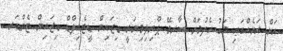
އަށް ރަށެއްގައި މަގު ހެދުމަށް ސާރވޭ ޕްރިލިމިނަރީ ޑިޒައިން ޑީޓެއިލްޑް ޑިޒައިން ޓެންޑަރ